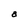
Character: a